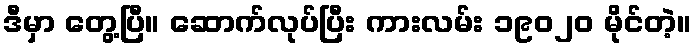
ဒီမှာ တွေ့ပြီ။ ဆောက်လုပ်ပြီး ကားလမ်း ၁၉၀၂၀ မိုင်တဲ့။